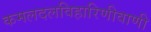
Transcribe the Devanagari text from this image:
कमलदलविहारिणीवाणी